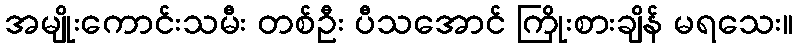
အမျိုးကောင်းသမီး တစ်ဦး ပီသအောင် ကြိုးစားချိန် မရသေး။